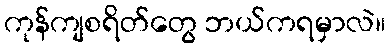
ကုန်ကျစရိတ်တွေ ဘယ်ကရမှာလဲ။